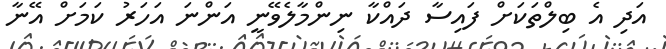
އަދި އެ ބިލްތަކަށް ފައިސާ ދައްކާ ނިންމާލެވޭނީ އަންނަ އަހަރު ކަމަށް އޭނާ